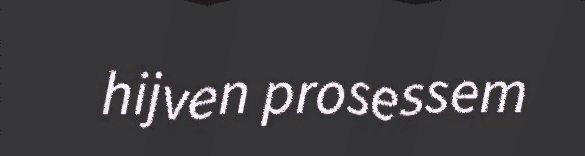
hijven prosessem